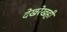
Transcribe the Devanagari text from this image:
देखरेखही